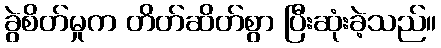
ခွဲစိတ်မှုက တိတ်ဆိတ်စွာ ပြီးဆုံးခဲ့သည်။